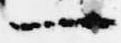
一